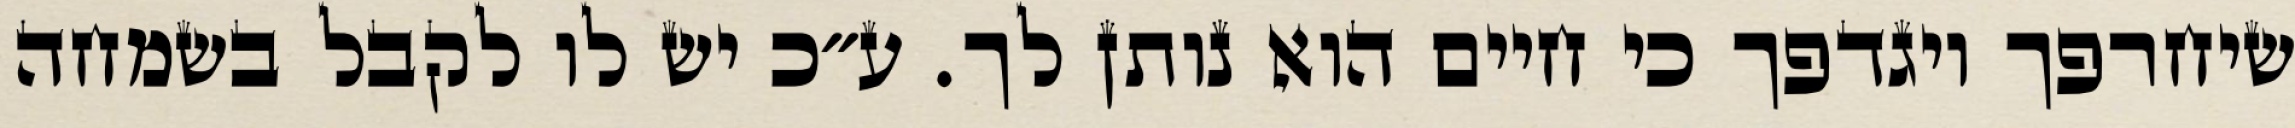
שיחרפך ויגדפך כי חיים הוא נותן לך. ע״כ יש לו לקבל בשמחה